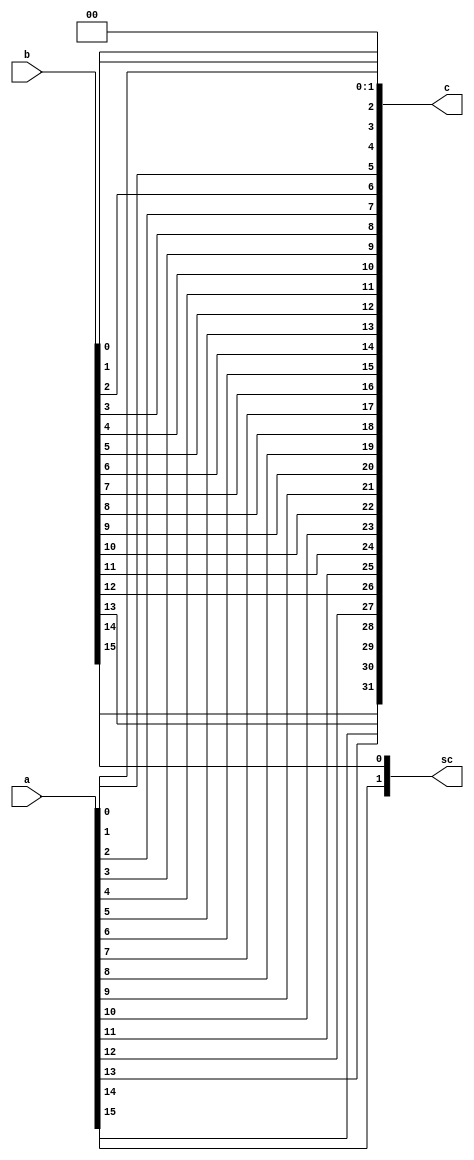
module concatenate16(a,b,c,sc);
input[15:0] a,b;
output[31:0] c;
output[1:0] sc;

assign sc[1:0] = {a[15],b[15]};

assign c[1:0] =  2'b00;
assign c[3:2] = {a[0],b[0]};
assign c[5:4] = {a[1],b[1]};
assign c[7:6] = {a[2],b[2]};
assign c[9:8] = {a[3],b[3]};
assign c[11:10] = {a[4],b[4]};
assign c[13:12] = {a[5],b[5]};
assign c[15:14] = {a[6],b[6]};
assign c[17:16] = {a[7],b[7]};
assign c[19:18] = {a[8],b[8]};
assign c[21:20] = {a[9],b[9]};
assign c[23:22] = {a[10],b[10]};
assign c[25:24] = {a[11],b[11]};
assign c[27:26] = {a[12],b[12]};
assign c[29:28] = {a[13],b[13]};
assign c[31:30] = {a[14],b[14]};

endmodule